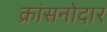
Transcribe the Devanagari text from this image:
क्रांसनोदार